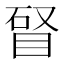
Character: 䀾